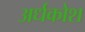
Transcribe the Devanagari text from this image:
अर्धकोश